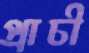
প্রাচী